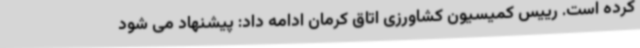
کرده است. رییس کمیسیون کشاورزی اتاق کرمان ادامه داد: پیشنهاد می شود